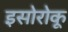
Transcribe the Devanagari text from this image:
इसोरोकू